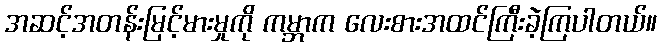
အဆင့်အတန်းမြင့်မားမှုကို ကမ္ဘာက လေးစားအထင်ကြီးခဲ့ကြပါတယ်။